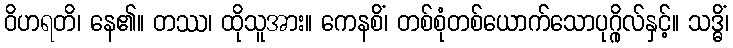
ဝိဟရတိ၊ နေ၏။ တဿ၊ ထိုသူအား။ ကေနစိံ၊ တစ်စုံတစ်ယောက်သောပုဂ္ဂိုလ်နှင့်။ သဒ္ဓိံ၊